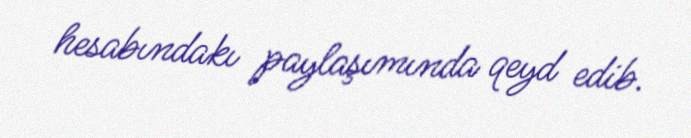
hesabındakı paylaşımında qeyd edib.